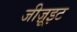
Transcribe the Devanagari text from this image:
जीज़ूइट